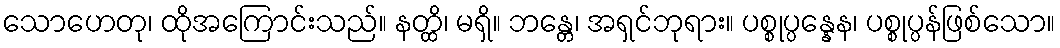
သောဟေတု၊ ထိုအကြောင်းသည်။ နတ္ထိ၊ မရှိ။ ဘန္တေ၊ အရှင်ဘုရား။ ပစ္စုပ္ပန္နေန၊ ပစ္စုပ္ပန်ဖြစ်သော။